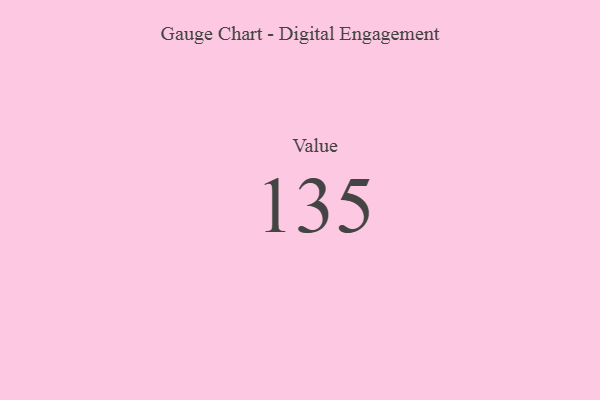
{"axis": {"x": "Metric", "y": "Value"}, "legend": [""], "data": [{"x": "Value", "y": 135, "type": ""}]}